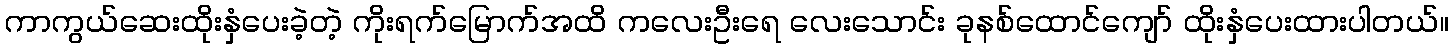
ကာကွယ်ဆေးထိုးနှံပေးခဲ့တဲ့ ကိုးရက်မြောက်အထိ ကလေးဦးရေ လေးသောင်း ခုနစ်ထောင်ကျော် ထိုးနှံပေးထားပါတယ်။